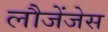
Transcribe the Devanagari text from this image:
लौजेंजेस